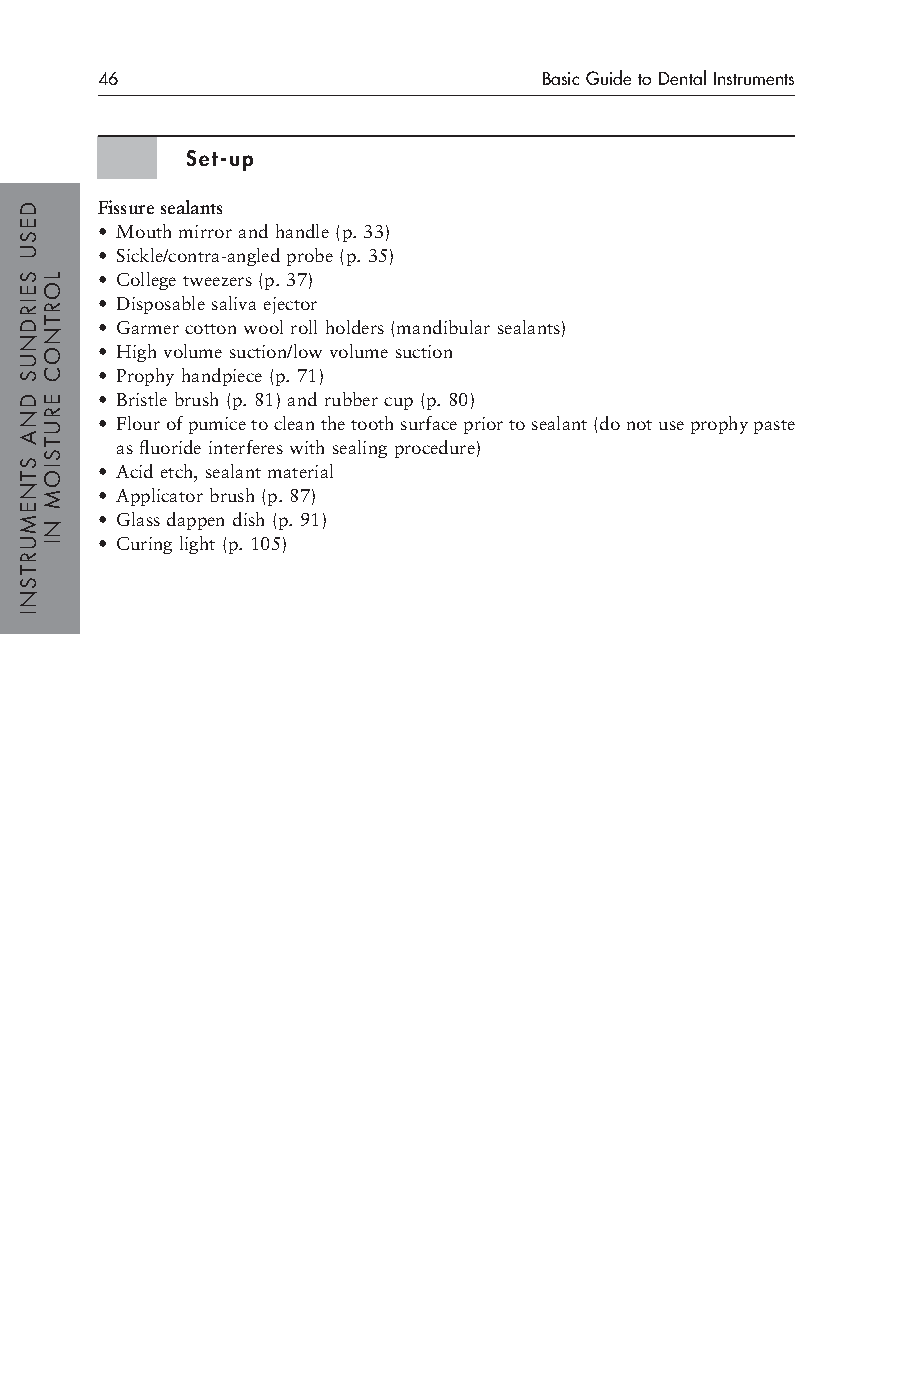
46                            Basic Guide to Dental Instruments
 Set-up
 Fissure sealants
 • Mouth mirror and handle (p. 33)
 • Sickle/contra-angled probe (p. 35)
 • College tweezers (p. 37)
 • Disposable saliva ejector
 • Garmer cotton wool roll holders (mandibular sealants)
 • High volume suction/low volume suction
 • Prophy handpiece (p. 71)
 • Bristle brush (p. 81) and rubber cup (p. 80)
 • Flour of pumice to clean the tooth surface prior to sealant (do not use prophy paste
 as fluoride interferes with sealing procedure)
 • Acid etch, sealant material
 • Applicator brush (p. 87)
 • Glass dappen dish (p. 91)
 • Curing light (p. 105)
 DESU
 SEIRDNUS
 DNA
 STNEMURTSNI
 LORTNOC
 ERUTSIOM
 NI